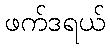
ဖက်ဒရယ်